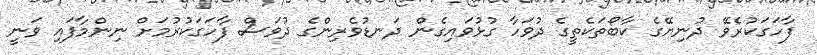
ފާހަގަކުރެވޭ ދުނިޔޭގެ ކާބޯތަކެތީގެ ދުވަހާ ގުޅުވައިގެން ދަނޑުވެރިންގެ ދުވަސް ފާހަގަކުރުމަށް ނިންމާފައި ވަނީ